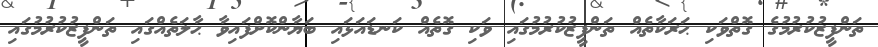
ތަންފީޒުކުރުމުގެ ގޮތްވަކި ޙަރަކާތެއް ތަންފީޒުކުރުމުގައި ވަކި ގޮތެއް ކަނޑައަޅައި ބަޔާންކޮށްފައިވާ ޙާލަތެއްގައި ތަންފީޒުކުރުމުގައި